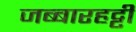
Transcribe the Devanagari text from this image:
जब्‍बारहट्टी